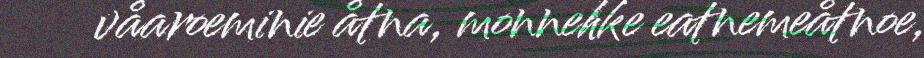
våaroeminie åtna, monnehke eatnemeåtnoe,